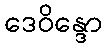
ဒေဝိန္ဒော